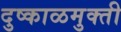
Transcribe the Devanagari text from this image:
दुष्काळमुक्ती